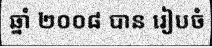
ឆ្នាំ ២០០៨ បាន រៀបចំ